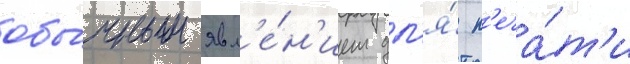
обы́чным явл'е́н'ием дл'я́ п'еча́т'и